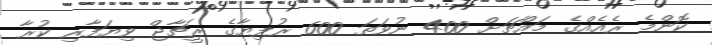
ކޮންމެ ރެއެއްގެ މައްޗަށް 400 ނުވަތަ 600 ރުފިޔާގެ ރީޗާޖް ވިޔަފާރި ކުރާ